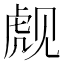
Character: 𬟪